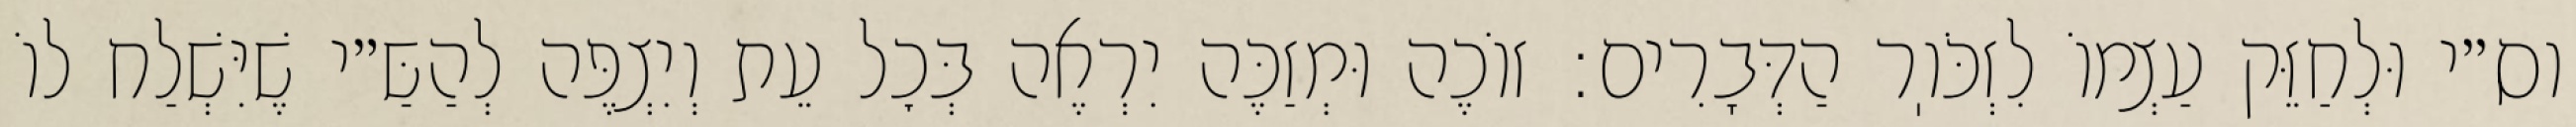
וס״י וּלְחַזֵּק עַצְמוֹ לִזְכֹּוֽר הַדְּבָרִים: זוֹכֶה וּמְזַכֶּה יִרְאֶה בְּכׇל עֵת וְיִצְפֶּה לְהַשַּ״י שֶׁיִּשְׁלַח לוֹ